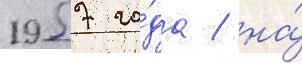
1957 го́да / на́